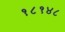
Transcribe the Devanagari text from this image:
१८१४८